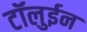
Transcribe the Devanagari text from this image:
टॉलुईन